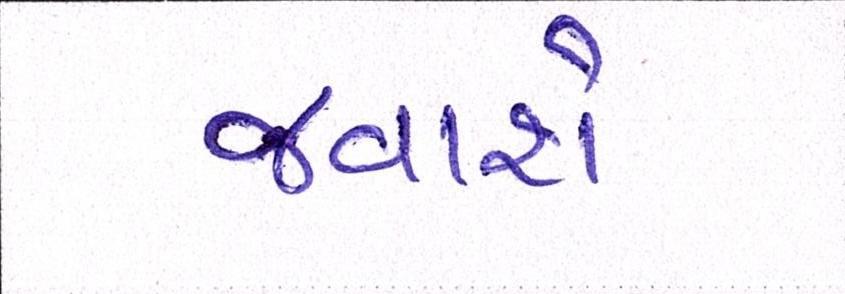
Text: જવાશે